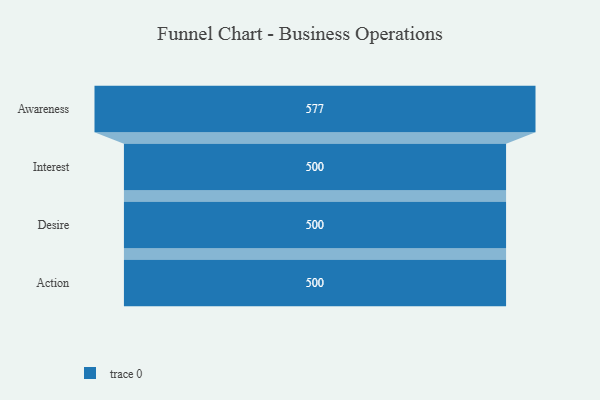
{"axis": {"x": "Stage", "y": "Value"}, "legend": [""], "data": [{"x": "Awareness", "y": 577.0, "type": ""}, {"x": "Interest", "y": 500, "type": ""}, {"x": "Desire", "y": 500, "type": ""}, {"x": "Action", "y": 500, "type": ""}]}